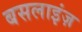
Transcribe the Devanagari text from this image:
बसलाइंज़